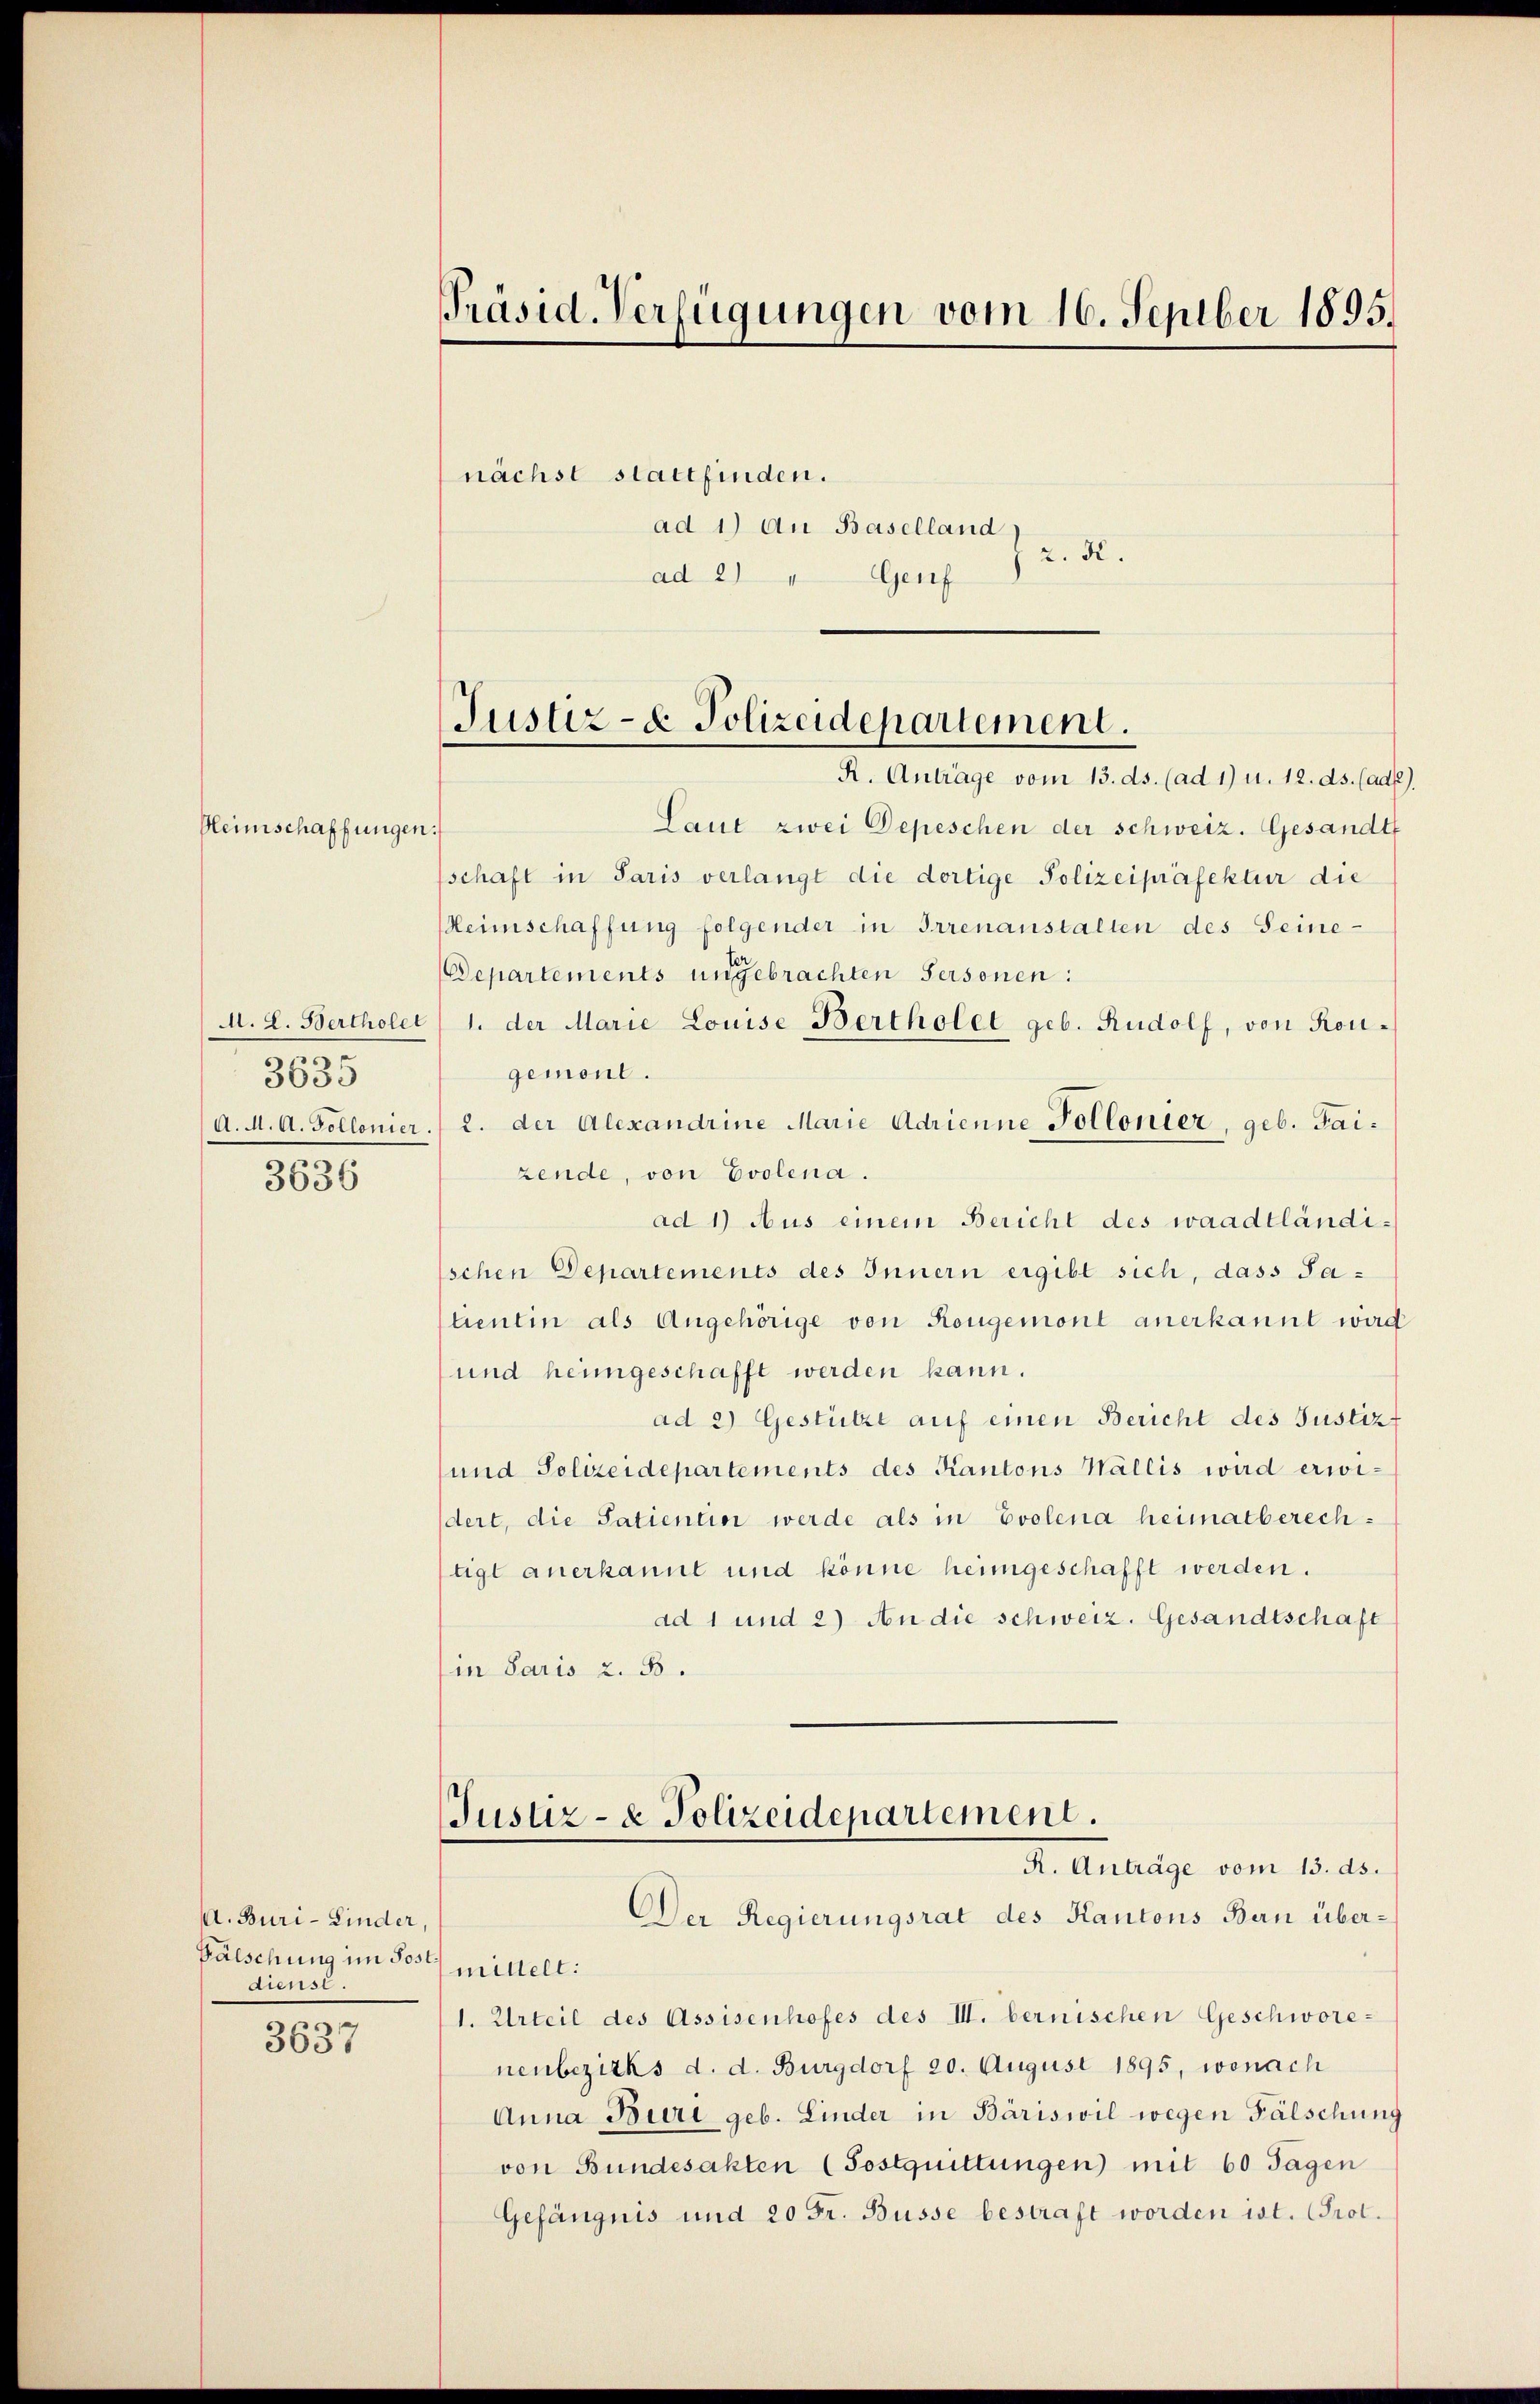
Heimschaffungen

2
3633

3636

A. Buri-Kinder,
Fälschung im Post
dienst.

3631

Präsid. Verfügungen vom 16. Sepiber 1895.

nächst stattfinden.
ad 1) an Baselland
z. K.
ad 2)
Genf

Justiz- u. Polizeidepartement.
R. Antrage vom 13. ds. (ad 1) u. 12. ds. (ad

Laut zwei Depeschen der schweiz. Gesandt
.
schaft in Paris verlangt die dortige Polizeipräfektur die
Heimschaffung folgender in Irrenanstalten des Seine-
Departements ungebrachten Personen:
M. L. Bertholet 1. der Marie Louise Bertholet geb. Rudolf, von Kon-
gemont.
A. M. A. Sollonier.  2. der Alexandrine Marie Adrienne Pollonier, geb. Taizende, von Evolena.
ad 1) Aus einem Bericht des waadtländi¬
Eschen Departements des Innern ergibt sich, dass Satientin als Angehörige von Rougemont anerkannt wird
und heimgeschafft werden kann.
ad 2) Gestützt auf einen Bericht des Justiz-
und Polizeidepartements des Kantons Wallis wird erwidert, die Satientin werde als in Evolena heimatberechtigt anerkannt und könne heimgeschafft werden.
ad 1 und 2) An die schweiz. Gesandtschaft
in Paris 2. B.
Justiz- & Polizeidepartement.
R. Antrage vom 13. ds.
Der Regierungsrat des Kantons Bern übermittelt:
1. Urteil des Assisenhofes des III. bernischen Geschwore-
nenbezirks d. d. Burgdorf 20. August 1895, wonach
Anna Buri geb. Linder in Bäriswil wegen Fälschung
von Bundesakten (Fostquittungen mit 60 Tagen
Gefängnis und 20 Fr. Busse bestraft worden ist. Prot.